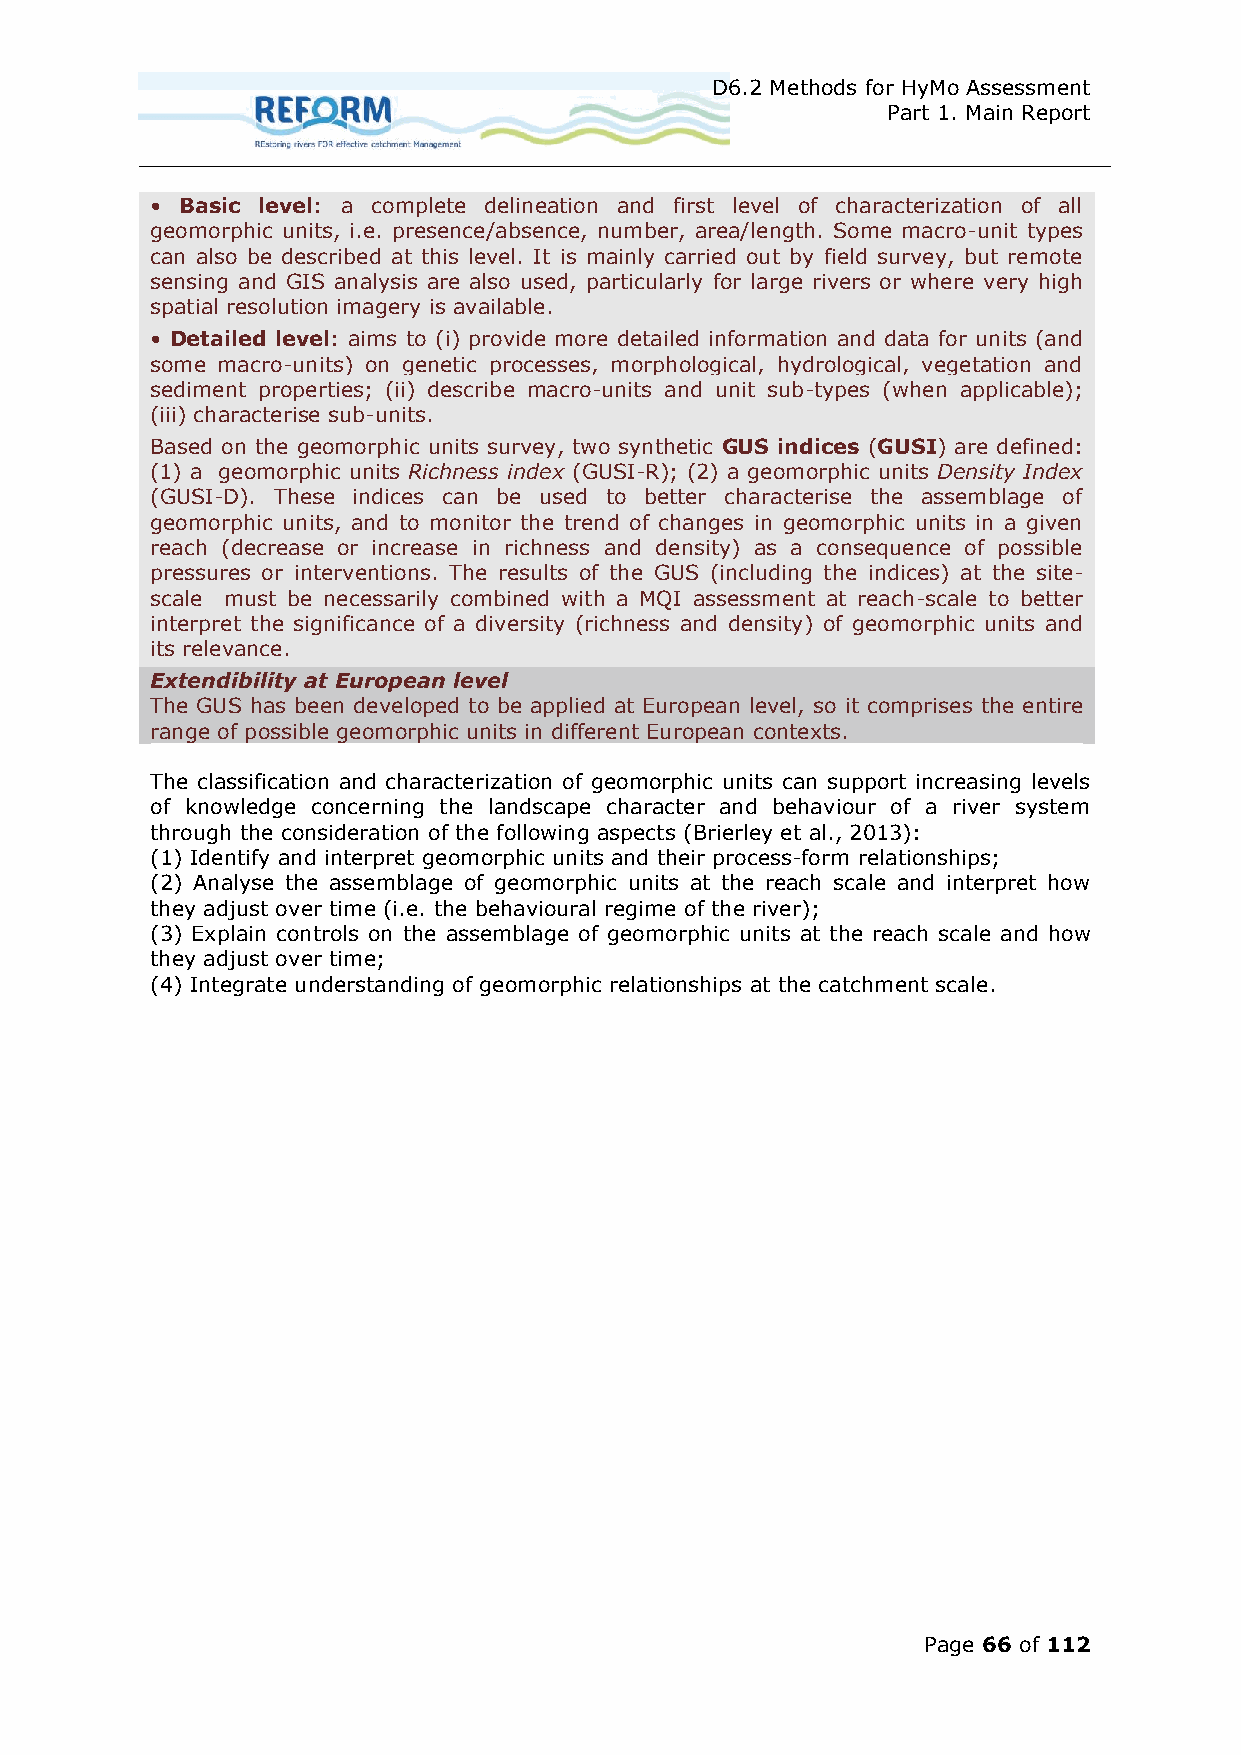
D6.2 Methods for HyMo Assessment
 Part 1. Main Report
 • Basic level: a complete delineation and first level of characterization of all
 geomorphic units, i.e. presence/absence, number, area/length. Some macro-unit types
 can also be described at this level. It is mainly carried out by field survey, but remote
 sensing and GIS analysis are also used, particularly for large rivers or where very high
 spatial resolution imagery is available.
 • Detailed level: aims to (i) provide more detailed information and data for units (and
 some macro-units) on genetic processes, morphological, hydrological, vegetation and
 sediment properties; (ii) describe macro-units and unit sub-types (when applicable);
 (iii) characterise sub-units.
 Based on the geomorphic units survey, two synthetic GUS indices (GUSI) are defined:
 (1) a geomorphic units Richness index (GUSI-R); (2) a geomorphic units Density Index
 (GUSI-D). These indices can be used to better characterise the assemblage of
 geomorphic units, and to monitor the trend of changes in geomorphic units in a given
 reach (decrease or increase in richness and density) as a consequence of possible
 pressures or interventions. The results of the GUS (including the indices) at the site-
 scale must be necessarily combined with a MQI assessment at reach-scale to better
 interpret the significance of a diversity (richness and density) of geomorphic units and
 its relevance.
 Extendibility at European level
 The GUS has been developed to be applied at European level, so it comprises the entire
 range of possible geomorphic units in different European contexts.
 The classification and characterization of geomorphic units can support increasing levels
 of knowledge concerning the landscape character and behaviour of a river system
 through the consideration of the following aspects (Brierley et al., 2013):
 (1) Identify and interpret geomorphic units and their process-form relationships;
 (2) Analyse the assemblage of geomorphic units at the reach scale and interpret how
 they adjust over time (i.e. the behavioural regime of the river);
 (3) Explain controls on the assemblage of geomorphic units at the reach scale and how
 they adjust over time;
 (4) Integrate understanding of geomorphic relationships at the catchment scale.
 Page 66 of 112